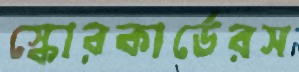
স্কোরকার্ডেরস